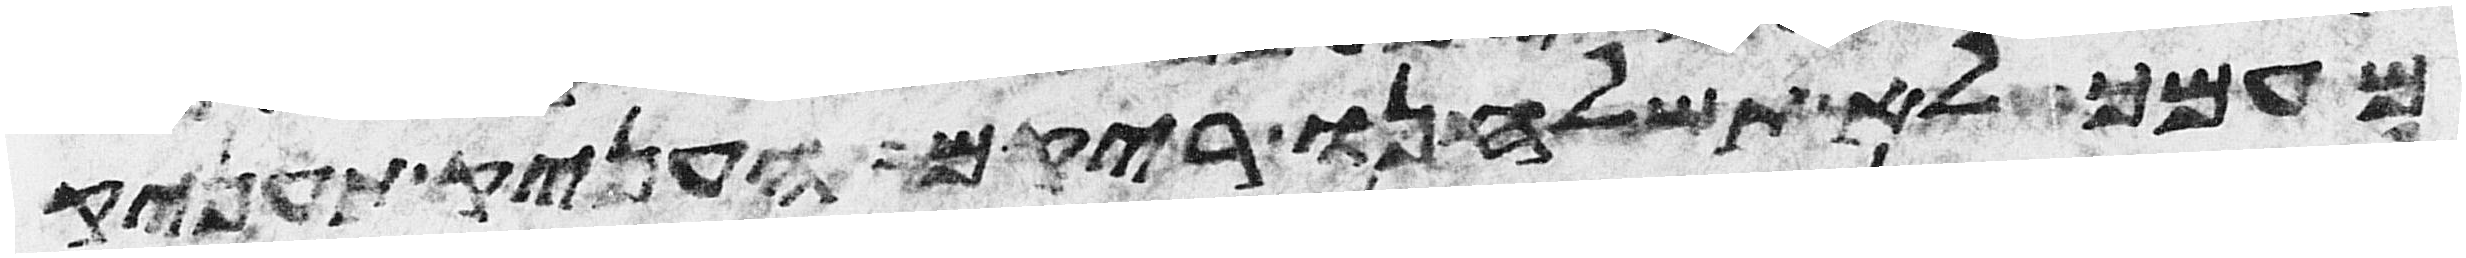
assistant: מעמך לא תשלחנו ריקם העניק תעניק